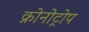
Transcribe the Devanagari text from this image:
क्रोनोट्रोप